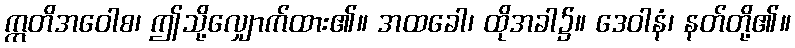
ဣတိအဝေါစ၊ ဤသို့လျှောက်ထား၏။ အထခေါ၊ ထိုအခါ၌။ ဒေဝါနံ၊ နတ်တို့၏။